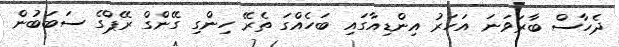
ދެހާސް ބާރަވަނަ އަހަރު އިންޑިއާގައި ބަހެއްގަ ތެރޭ ހިންގި ގޭންގް ރޭޕްގެ ސަބަބުން